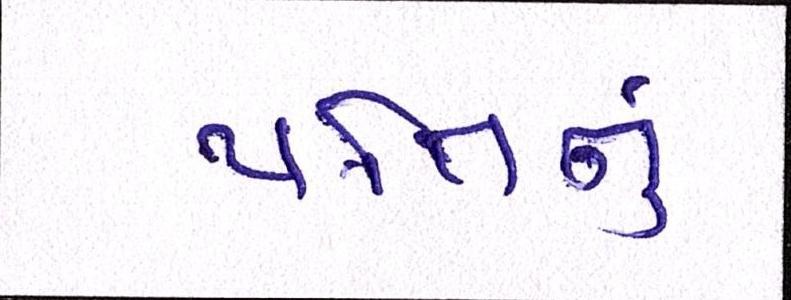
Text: પતિનું